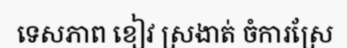
ទេសភាព ខៀវ ស្រងាត់ ចំការស្រែ